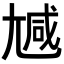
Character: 𡯽